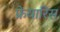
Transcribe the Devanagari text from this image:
फ्रेयारिस